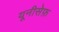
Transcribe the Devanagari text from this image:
यूनीसेफ़